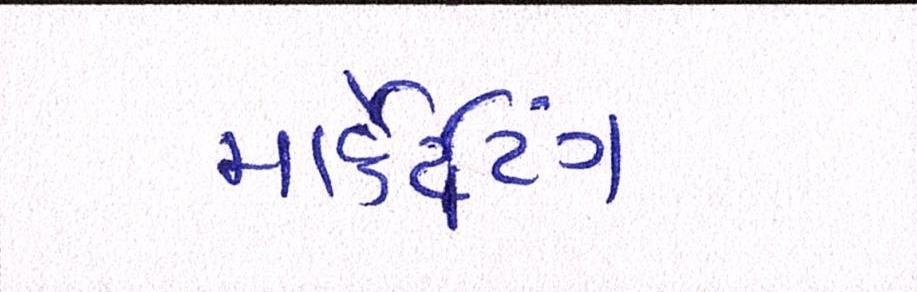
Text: માર્કેટિંગ